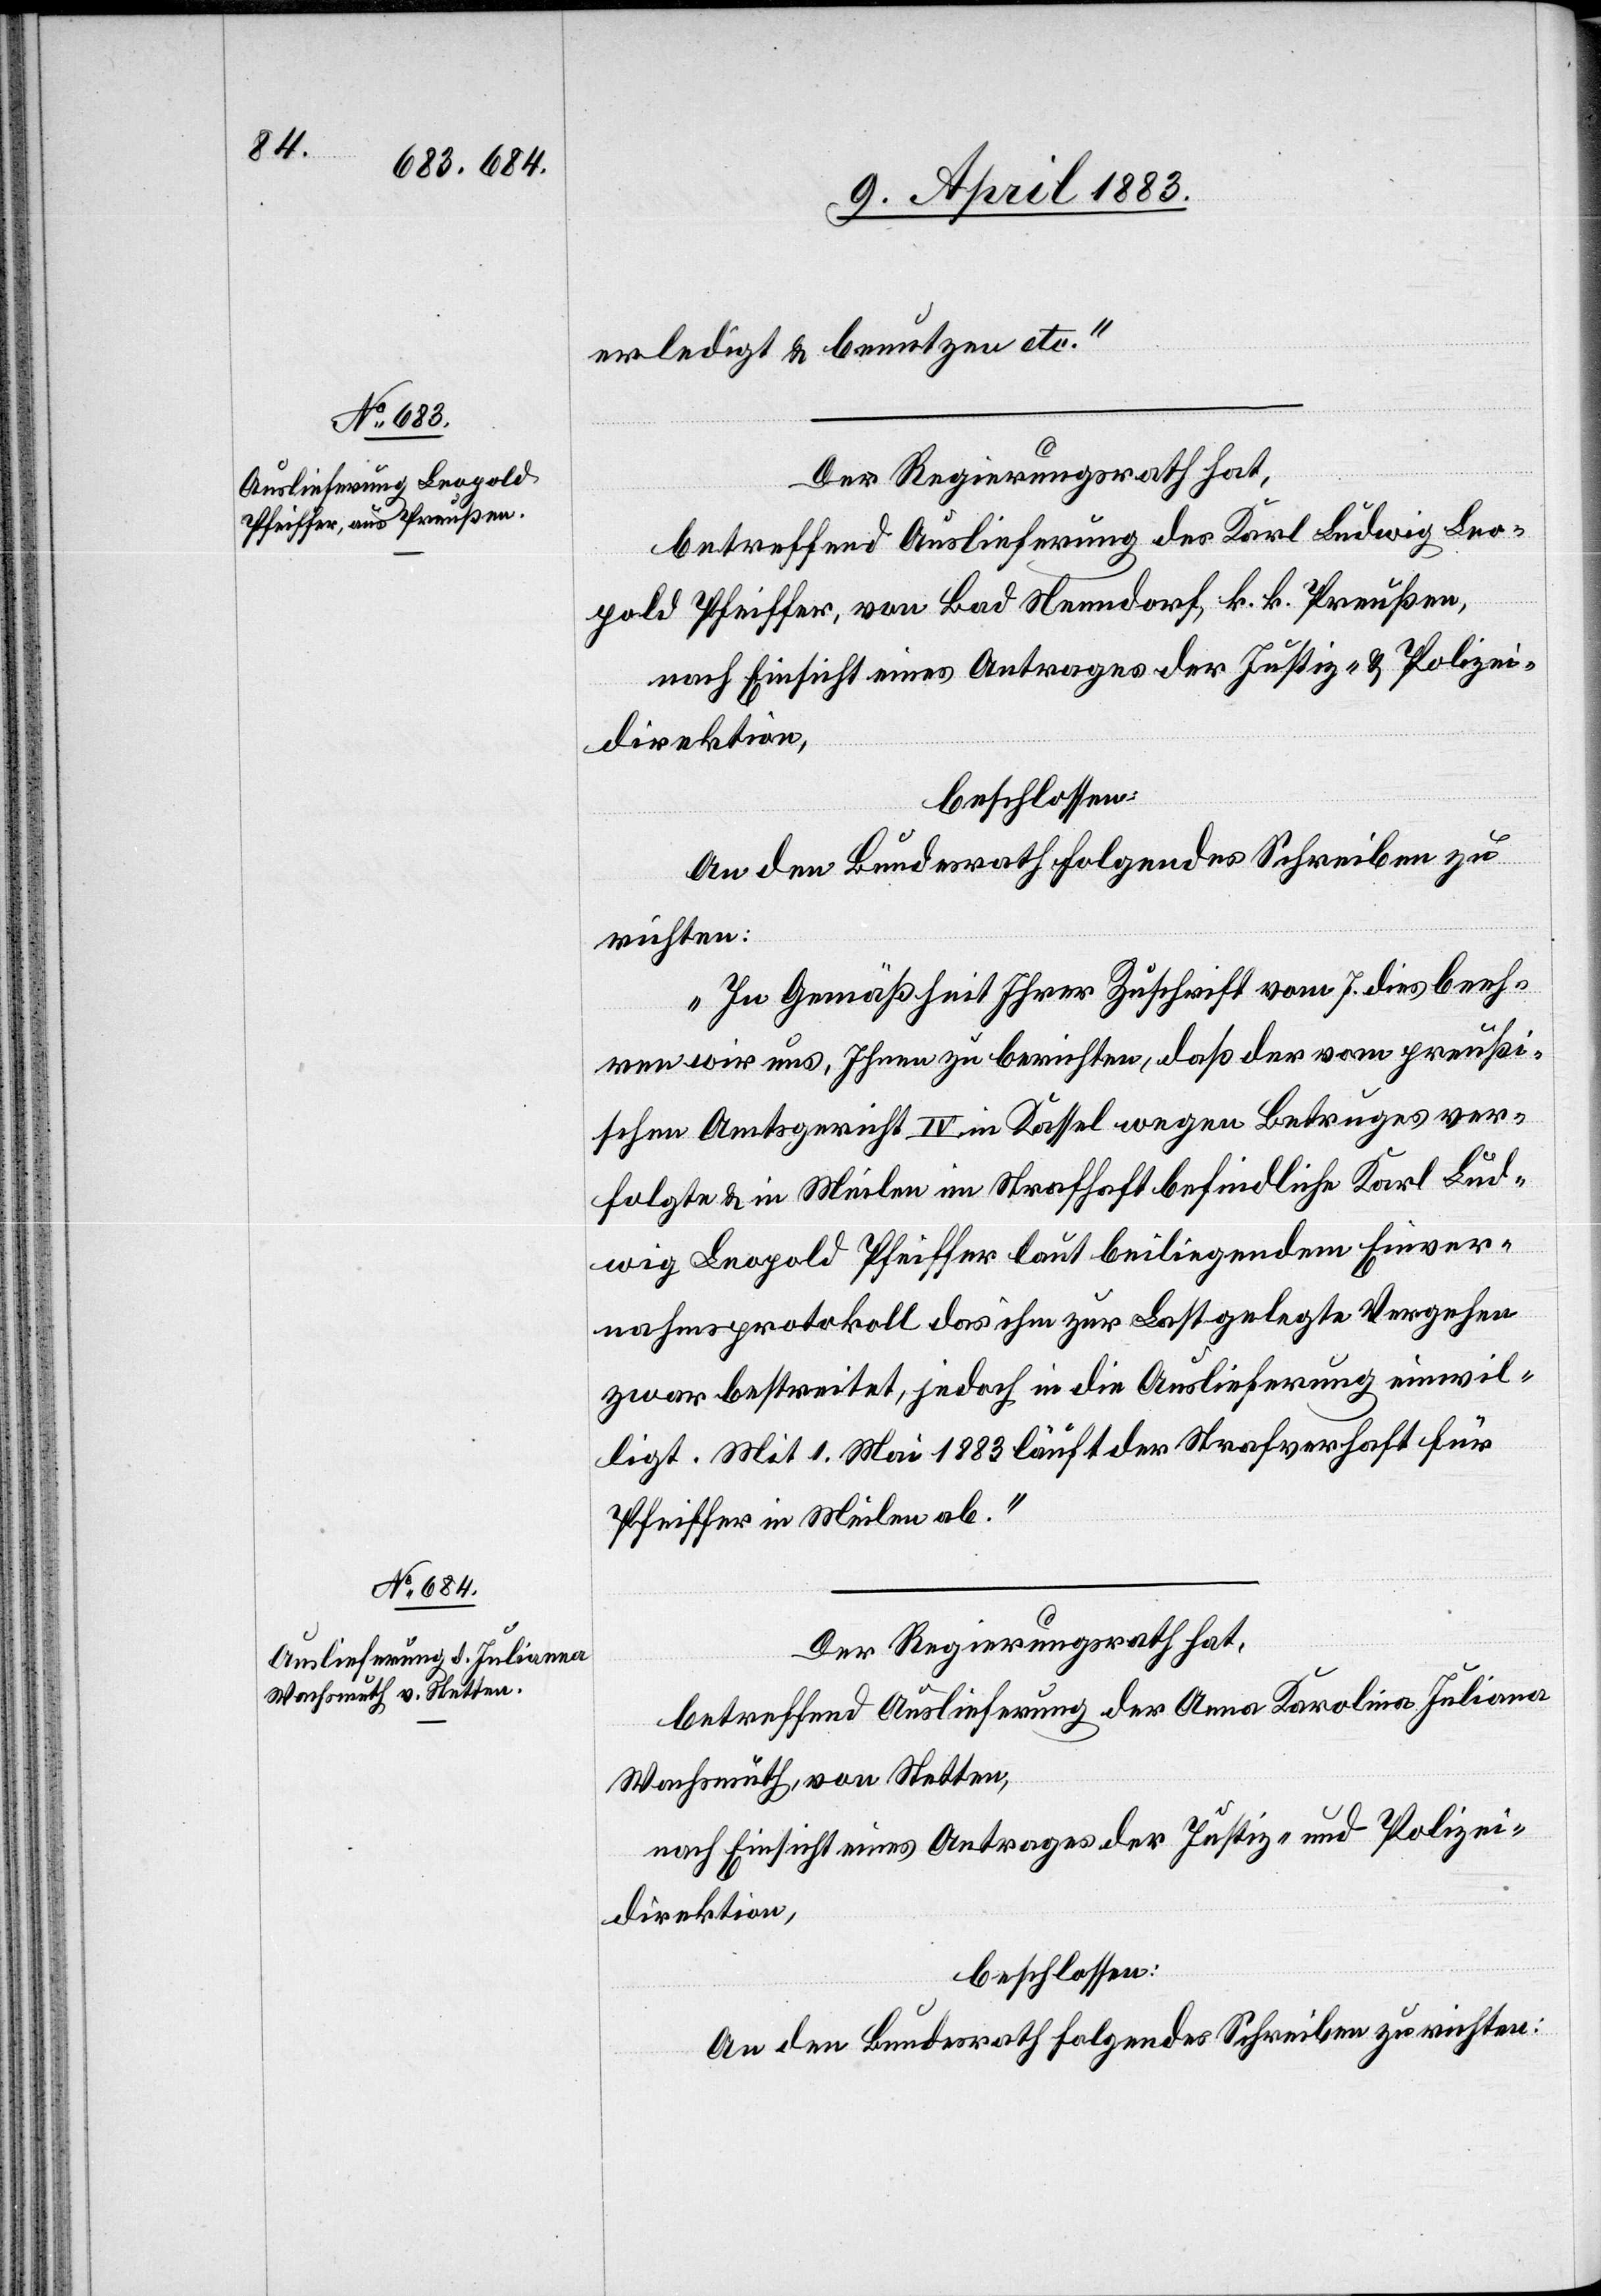
9. April 1883.]
erledigt & benutzen etc.“
Der Regierungsrath hat,
betreffend Auslieferung des Karl Ludwig Leo¬
pold Pfeiffer, von Bad Nenndorf, k. k. Preußen,
nach Einsicht eines Antrages der Justiz- & Polizei¬
direktion,
beschlossen:
An den Bundesrath folgendes Schreiben zu
richten:
„In Gemäßheit Ihrer Zuschrift vom 7. dies beeh¬
ren wir uns, Ihnen zu berichten, daß der vom preußi¬
schen Amtsgericht IV in Kassel wegen Betruges ver¬
folgte & in Meilen im Strafhaft befindliche Karl Lud¬
wig Leopold Pfeiffer laut beiliegendem Einver¬
nahmsprotokoll das ihm zur Last gelegte Vergehen
zwar bestreitet, jedoch in die Auslieferung einwil¬
ligt. Mit 1. Mai 1883 läuft der Strafverhaft für
Pfeiffer in Meilen ab.“
Der Regierungsrath hat,
betreffend Auslieferung der Anna Karolina Juliana
Wachsmuth, von Stetten,